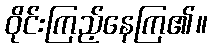
ဝိုင်းကြည့်နေကြ၏။